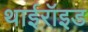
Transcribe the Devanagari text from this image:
थाईरॉइड